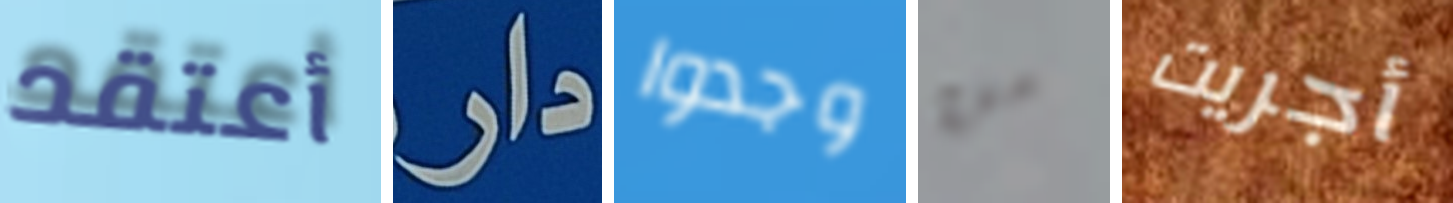
أعتقد دار وجدوا من أجريت